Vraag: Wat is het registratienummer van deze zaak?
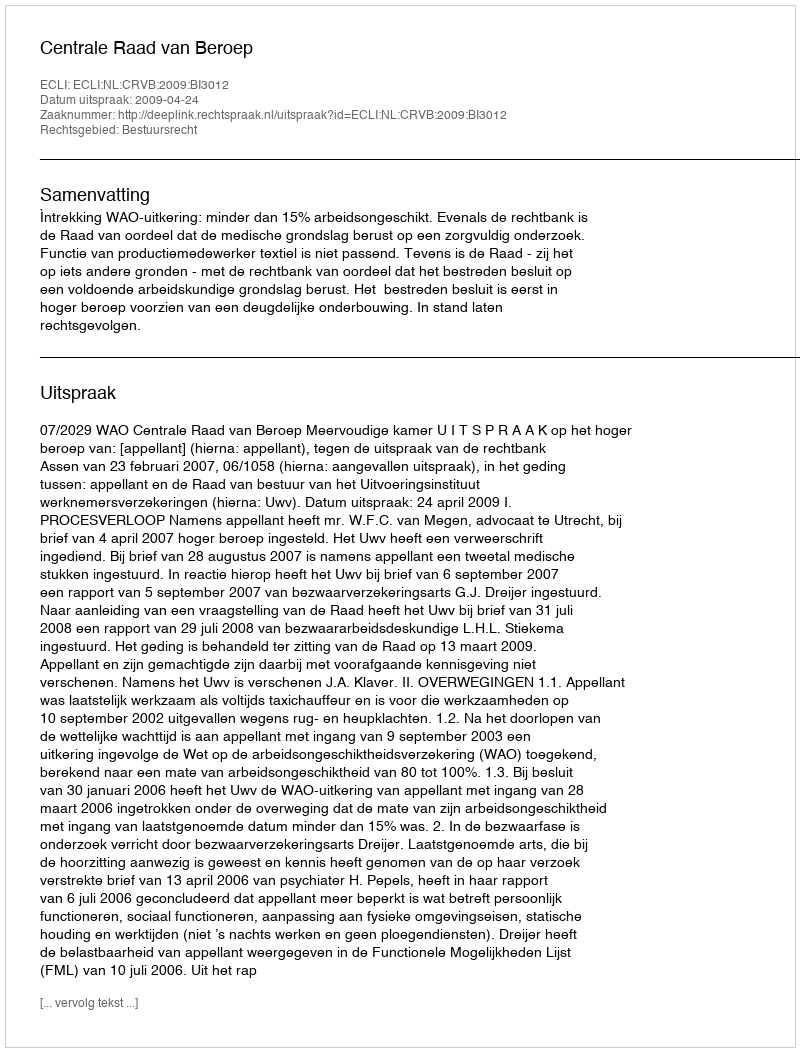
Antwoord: http://deeplink.rechtspraak.nl/uitspraak?id=ECLI:NL:CRVB:2009:BI3012